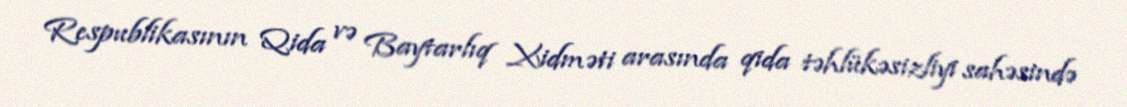
Respublikasının Qida və Baytarlıq Xidməti arasında qida təhlükəsizliyi sahəsində